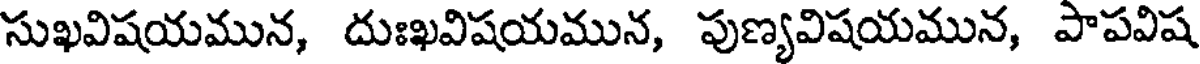
సుఖవిషయమున, దుఃఖవిషయమున, పుణ్యవిషయమున, పాపవిష